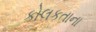
કોલકતાના